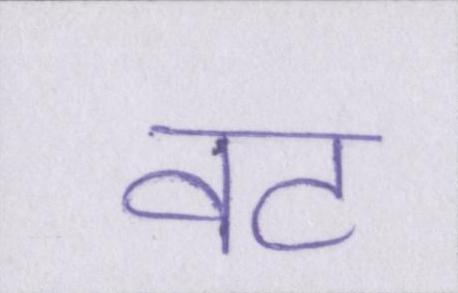
वट